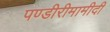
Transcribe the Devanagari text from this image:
पण्डीरीमामीदी